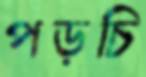
পড়চি